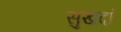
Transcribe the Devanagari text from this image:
सुखदां